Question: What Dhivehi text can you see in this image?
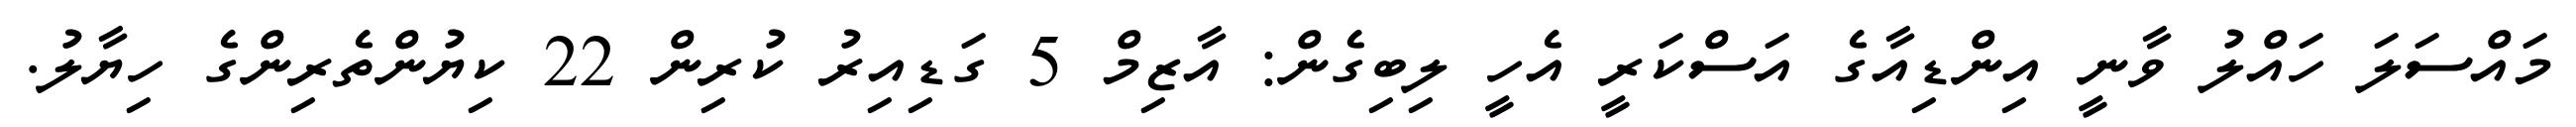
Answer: މައްސަލަ ހައްލު ވާނީ އިންޑިއާގެ އަސްކަރީ އެހީ ލިބިގެން: އާޒިމް 5 ގަޑިއިރު ކުރިން 22 ކިޔުންތެރިންގެ ހިޔާލު.